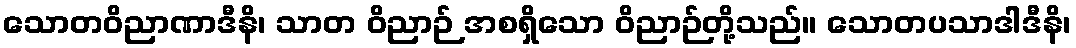
သောတဝိညာဏာဒီနိ၊ သာတ ဝိညာဉ် အစရှိသော ဝိညာဉ်တို့သည်။ သောတပသာဒါဒီနိ၊